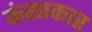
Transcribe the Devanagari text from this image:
कंसाकार